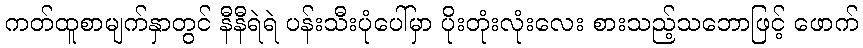
ကတ်ထူစာမျက်နှာတွင် နီနီရဲရဲ ပန်းသီးပုံပေါ်မှာ ပိုးတုံးလုံးလေး စားသည့်သဘောဖြင့် ဖောက်